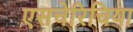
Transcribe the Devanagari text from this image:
एसचेरिचिया